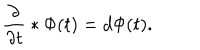
{ \frac { \partial } { \partial t } } * \Phi ( t ) = d \Phi ( t ) .